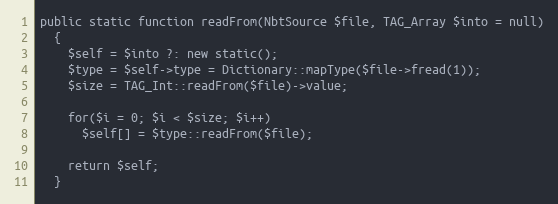
Language: PHP
public static function readFrom(NbtSource $file, TAG_Array $into = null)
  {
    $self = $into ?: new static();
    $type = $self->type = Dictionary::mapType($file->fread(1));
    $size = TAG_Int::readFrom($file)->value;

    for($i = 0; $i < $size; $i++)
      $self[] = $type::readFrom($file);

    return $self;
  }